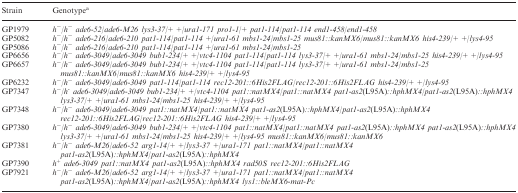
<table><thead><tr><td><b>Strain</b></td><td><b>Genotype<sup>a</sup></b></td></tr></thead><tbody><tr><td>GP1979</td><td><i>h<sup>−</sup>/h<sup>−</sup> ade6-52/ade6-M26 lys3-37/+ +/ura1-171 pro1-1/+ pat1-114/pat1-114 end1-458/end1-458</i></td></tr><tr><td>GP5082</td><td><i>h<sup>−</sup>/h<sup>−</sup> ade6-216/ade6-210 pat1-114/pat1-114 +/ura1-61 mbs1-24/mbs1-25 mus81::kanMX6/mus81::kanMX6 his4-239/+ +/lys4-95</i></td></tr><tr><td>GP5086</td><td><i>h<sup>−</sup>/h<sup>−</sup> ade6-216/ade6-210 pat1-114/pat1-114 +/ura1-61 mbs1-24/mbs1-25</i></td></tr><tr><td>GP6656</td><td><i>h<sup>−</sup>/h<sup>−</sup> ade6-3049/ade6-3049 bub1-234/+ +/vtc4-1104 pat1-114/pat1-114 lys3-37/+ +/ura1-61 mbs1-24/mbs1-25 his4-239/+ +/lys4-95</i></td></tr><tr><td>GP6657</td><td><i>h<sup>−</sup>/h<sup>−</sup> ade6-3049/ade6-3049 bub1-234/+ +/vtc4-1104 pat1-114/pat1-114 lys3-37/+ +/ura1-61 mbs1-24/mbs1-25 mus81::kanMX6/mus81::kanMX6 his4-239/+ +/lys4-95</i></td></tr><tr><td>GP6232</td><td><i>h<sup>−</sup>/h<sup>−</sup> ade6-3049/ade6-3049 pat1-114/pat1-114 rec12-201::6His2FLAG/rec12-201::6His2FLAG his4-239/+ +/lys4-95</i></td></tr><tr><td>GP7347</td><td><i>h<sup>−</sup>/h<sup>-</sup> ade6-3049/ade6-3049 bub1-234/+ +/vtc4-1104 pat1::natMX4/pat1::natMX4 pat1-as2</i>(L95A)<i>::hphMX4/pat1-as2</i>(L95A)<i>::hphMX4 lys3-37/+ +/ura1-61 mbs1-24/mbs1-25 his4-239/+ +/lys4-95</i></td></tr><tr><td>GP7348</td><td><i>h<sup>−</sup>/h<sup>−</sup> ade6-3049/ade6-3049 pat1::natMX4/pat1::natMX4 pat1-as2</i>(L95A)<i>::hphMX4/pat1-as2</i>(L95A)<i>::hphMX4 rec12-201::6His2FLAG/rec12-201::6His2FLAG his4-239/+ +/lys4-95</i></td></tr><tr><td>GP7380</td><td><i>h<sup>−</sup>/h<sup>−</sup> ade6-3049/ade6-3049 bub1-234/+ +/vtc4-1104 pat1::natMX4/pat1::natMX4 pat1-as2</i>(L95A)<i>::hphMX4 pat1-as2</i>(L95A)<i>::hphMX4 lys3-37/+ +/ura1-61 mbs1-24/mbs1-25 his4-239/+ +/lys4-95 mus81::kanMX6/mus81::kanMX6</i></td></tr><tr><td>GP7381</td><td><i>h<sup>−</sup>/h<sup>−</sup> ade6-M26/ade6-52 arg1-14/+ +/lys3-37 +/ura1-171 pat1::natMX4/pat1::natMX4 pat1-as2</i>(L95A)<i>::hphMX4/pat1-as2</i>(L95A)<i>::hphMX4</i></td></tr><tr><td>GP7390</td><td><i>h<sup>+</sup> ade6-3049 pat1::natMX4 pat1-as2</i>(L95A)<i>::hphMX4 rad50S rec12-201::6His2FLAG</i></td></tr><tr><td>GP7921</td><td><i>h<sup>−</sup>/h<sup>−</sup> ade6-M26/ade6-52 arg1-14/+ +/lys3-37 +/ura1-171 pat1::natMX4/pat1::natMX4 pat1-as2</i>(L95A)<i>::hphMX4/pat1-as2</i>(L95A)<i>::hphMX4 lys1::bleMX6-mat-Pc</i></td></tr></tbody></table>